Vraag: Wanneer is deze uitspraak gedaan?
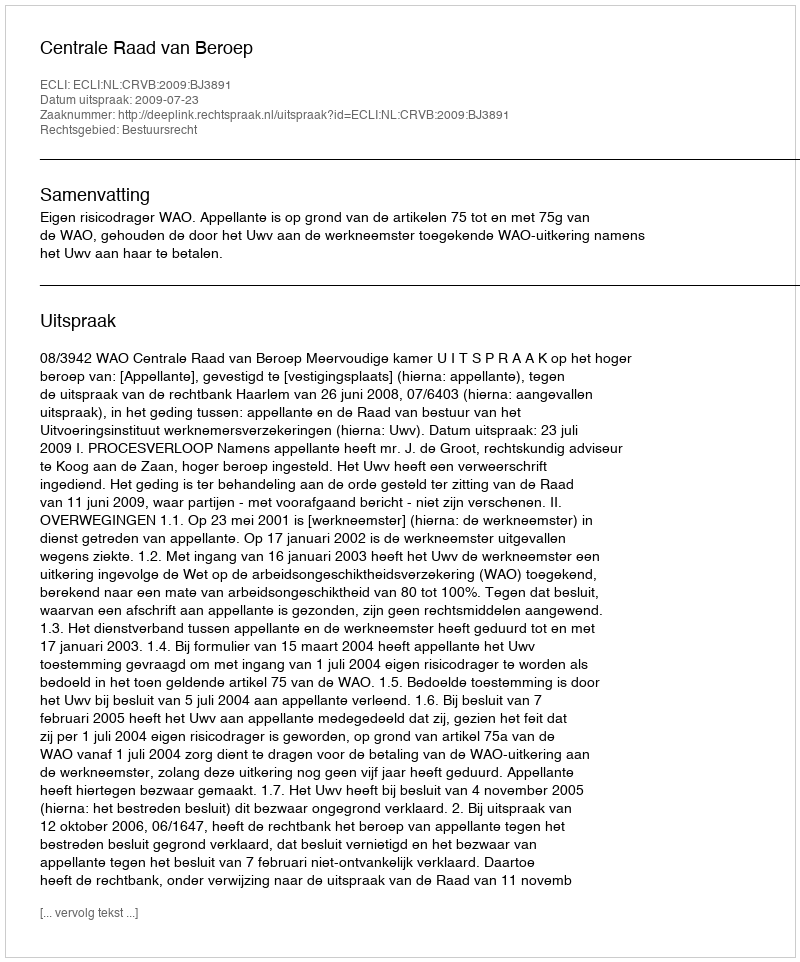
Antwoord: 2009-07-23